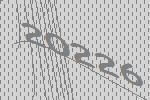
20226